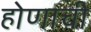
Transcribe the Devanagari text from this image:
होणाची